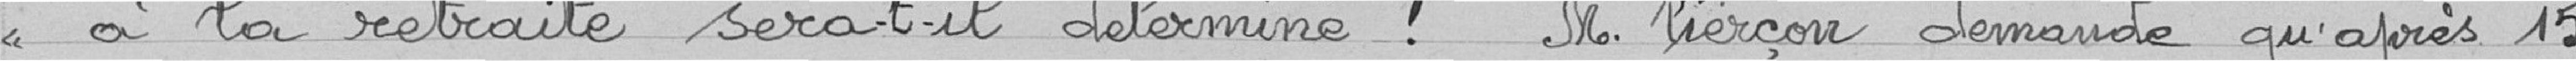
<< à la retraite sera-t-il déterminé ? M. Pierçon demande qu'après 15